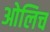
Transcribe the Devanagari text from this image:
ओलिच